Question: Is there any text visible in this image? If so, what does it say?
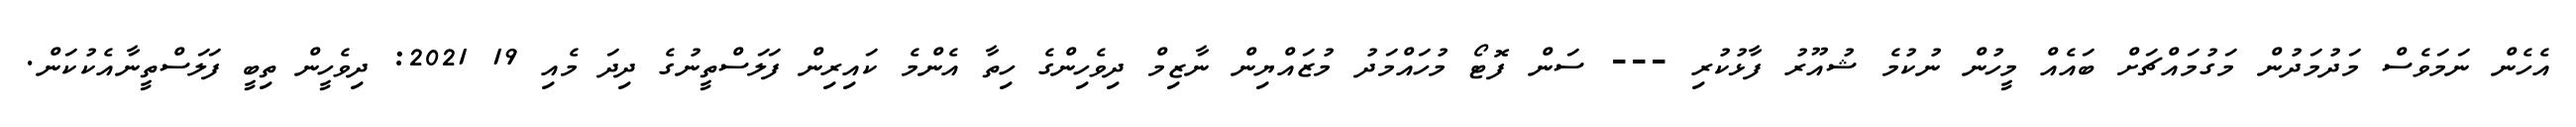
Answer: އެހެން ނަމަވެސް މަދުމަދުން މަގުމައްޗަށް ބައެއް މީހުން ނުކުމެ ޝުއޫރު ފާޅުކުރި --- ސަން ފޮޓޯ މުހައްމަދު މުޒައްޔިން ނާޒިމް ދިވެހިންގެ ހިތާ އެންމެ ކައިރިން ފަލަސްތީނުގެ ދިދަ މެއި 19 2021: ދިވެހީން ތިބީ ފަލަސްތީނާއެކުކަން.